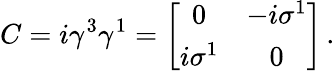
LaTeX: C=i\gamma^{3}\gamma^{1}=\left[\begin{array}{cc}{{0}}&{{-i\sigma^{1}}}\\ {{i\sigma^{1}}}&{{0}}\end{array}\right]\, .